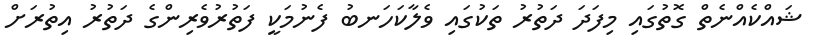
ޝައްކެއްނެތް ގޮތުގައި މިފަދަ ދަތުރު ތަކުގައި ވެލާކަހަނބު ފެނުމަކީ ފަތުރުވެރިންގެ ދަތުރު އިތުރަށް